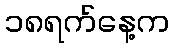
၁၈ရက်နေ့က